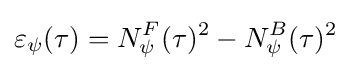
\varepsilon _{\psi }(\tau )=N_{\psi }^{F}(\tau )^{2}-N_{\psi }^{B}(\tau )^{2}